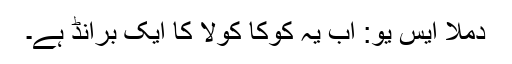
دملا ایس یو: اب یہ کوکا کولا کا ایک برانڈ ہے۔